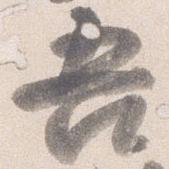
吾